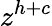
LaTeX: z^{h+c}